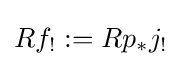
Rf_{!}:=Rp_{*}j_{!}